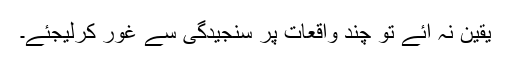
یقین نہ آئے تو چند واقعات پر سنجیدگی سے غور کرلیجئے۔